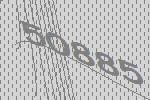
50885